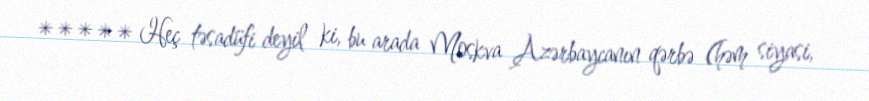
***** Heç təsadüfi deyil ki, bu arada Moskva Azərbaycanın qərbə (həm siyasi,